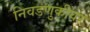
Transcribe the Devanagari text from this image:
निवडणुकींवर